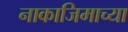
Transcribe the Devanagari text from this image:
नाकाजिमाच्या